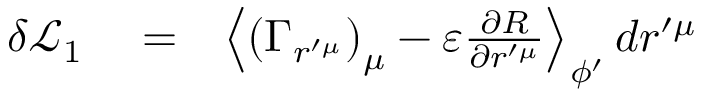
\begin{array} { r l r } { \delta \mathcal { L } _ { 1 } } & { { } = } & { \left\langle \left( \Gamma _ { r ^ { \prime \mu } } \right) _ { \mu } - \varepsilon \frac { \partial R } { \partial r ^ { \prime \mu } } \right\rangle _ { \phi ^ { \prime } } d r ^ { \prime \mu } } \end{array}